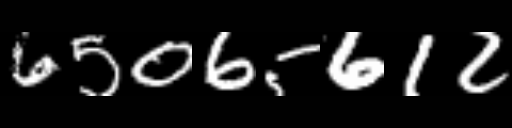
Text: 65065612